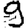
Digit: 9